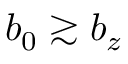
b _ { 0 } \gtrsim b _ { z }